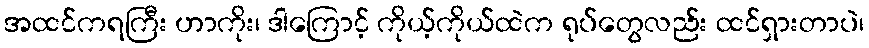
အထင်ကရကြီး ဟာကိုး၊ ဒါကြောင့် ကိုယ့်ကိုယ်ထဲက ရုပ်တွေလည်း ထင်ရှားတာပဲ၊